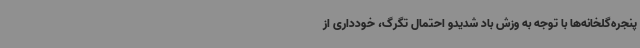
پنجره‌گلخانه‌ها با توجه به وزش باد شدیدو احتمال تگرگ، خودداری از